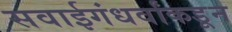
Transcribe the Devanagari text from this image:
सवाईगंधर्वांकडून